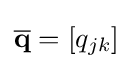
\textstyle {\overline {\mathbf {q} }}=\left[q_{jk}\right]